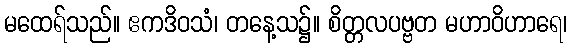
မထေရ်သည်။ ဧကဒိဝသံ၊ တနေ့သ၌။ စိတ္တလပဗ္ဗတ မဟာဝိဟာရေ၊